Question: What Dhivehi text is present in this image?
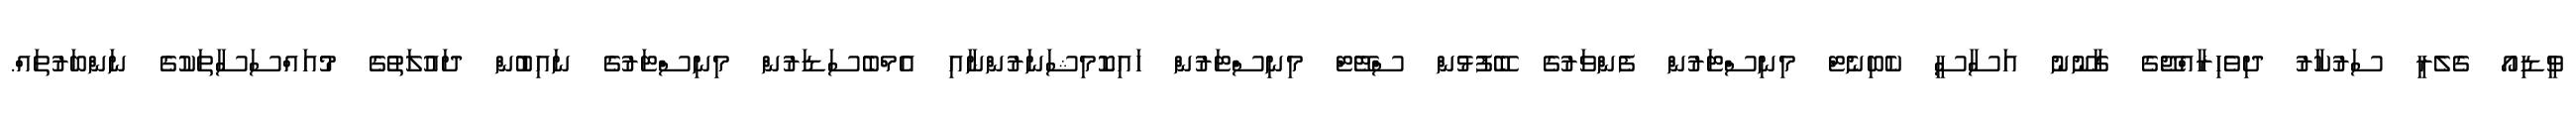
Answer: ވީޑިއޯ ގެލެރީ ސަރުކާރު ދިވެހިރާއްޖޭގެ ގާނޫނު އަސާސީ ކެބިނެޓް މިނިސްޓަރުން ފެންވަރުގެ ބޭފުޅުން ސްޓޭޓް މިނިސްޓަރުން ހައިކޮމިޝަނަރުންނާއި އެމްބެސަޑަރުން މިނިސްޓަރުގެ ނައިބުން ދައުލަތުގެ މުއައްސަސާތަކުގެ ނަންބަރުތައް.